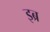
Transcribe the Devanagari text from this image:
इब्र